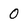
Character: O